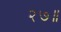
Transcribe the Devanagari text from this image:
२७॥